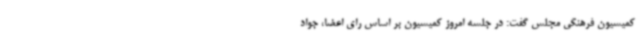
کمیسیون فرهنگی مجلس گفت: در جلسه امروز کمیسیون بر اساس رای اعضا، جواد